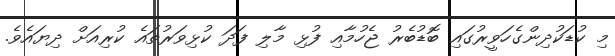
މި ކުޑަކުދިންގެހަވީރުގައި ބޮޑުބެރު ޖެހުމާއި ފުޅި މާލި ފަދަ ކުޅިވަރުތައެ ކުރިއަށް ދިޔައެވެ.